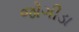
જોગીડા